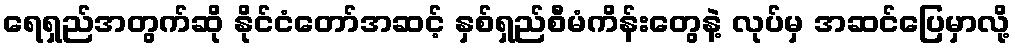
ရေရှည်အတွက်ဆို နိုင်ငံတော်အဆင့် နှစ်ရှည်စီမံကိန်းတွေနဲ့ လုပ်မှ အဆင်ပြေမှာလို့